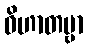
ဝိဟာတဗ္ဗာ